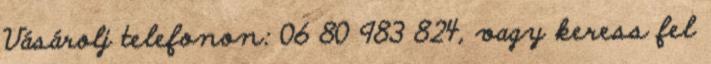
Vásárolj telefonon: 06 80 983 824, vagy keress fel